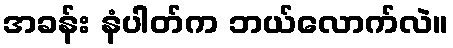
အခန်း နံပါတ်က ဘယ်လောက်လဲ။